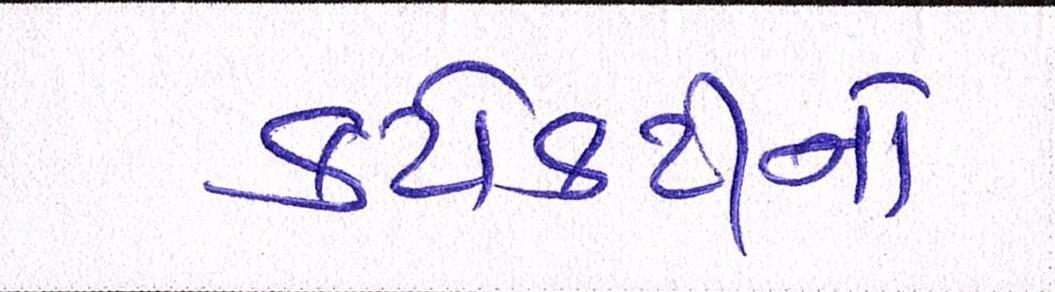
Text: કટોકટીનો